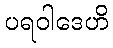
ပရဝါဒေဟိ